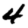
Digit: 4